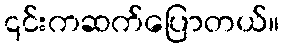
၎င်းကဆက်ပြောတယ်။